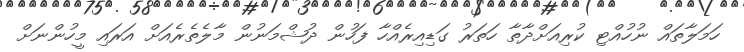
ހަމަލާތައް ނުހުއްޓި ކުރިއަށްދާތާ ހަތަރު ގަޑިއިރެއްހާ ފަހުން ދުޝްމަނުން މާލެތެރެއަށް އަރައި މީހުންނަށް